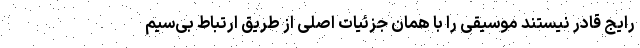
رایج قادر نیستند موسیقی را با همان جزئیات اصلی از طریق ارتباط بی‌سیم